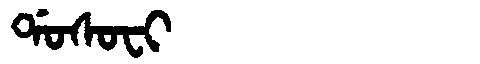
Manchu: ᡩᠣᠰᠣᠸᡳ
Romanization: DOSOFI